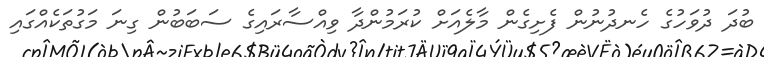
ބުދަ ދުވަހުގެ ހެނދުނުން ފެށިގެން މާލެއަށް ކުރަމުންދާ ވިއްސާރައިގެ ސަބަބުން ގިނަ މަގުތަކެއްގައި